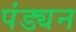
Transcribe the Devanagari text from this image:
पंड्यन